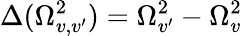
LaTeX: \Delta(\Omega_{v,v^{\prime}}^{2})=\Omega_{v^{\prime}}^{2}-\Omega_{v}^{2}